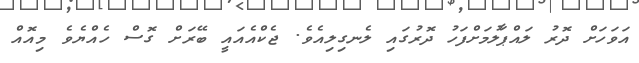
އަވަހަށް ދޮރު ލައްޕާލުމަށްފަހު ދޮރުގައި ލެނގިލިއެވެ. ޖެކްއެއައީ ބޭރަށް ގޮސް ހެއްޔެވެ މިއޮއް